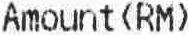
AMOUNT(RM)